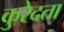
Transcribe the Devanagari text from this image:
कुरेदता